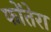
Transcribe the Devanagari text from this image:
फोंतेरा